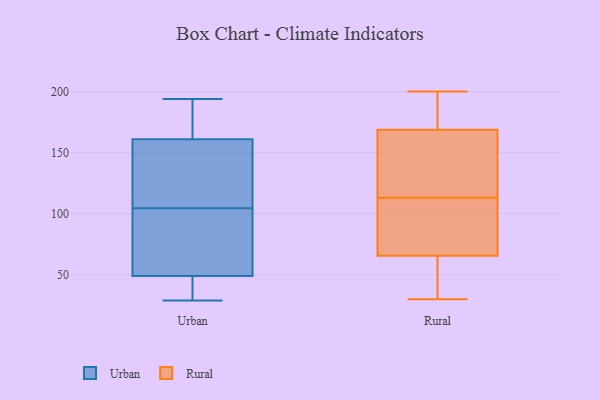
{"axis": {"x": "Page Views", "y": "Value"}, "legend": ["Rural", "Urban"], "data": [{"x": "", "y": 79, "type": "Urban"}, {"x": "", "y": 49, "type": "Urban"}, {"x": "", "y": 43, "type": "Urban"}, {"x": "", "y": 64, "type": "Urban"}, {"x": "", "y": 155, "type": "Urban"}, {"x": "", "y": 176, "type": "Urban"}, {"x": "", "y": 161, "type": "Urban"}, {"x": "", "y": 107, "type": "Urban"}, {"x": "", "y": 102, "type": "Urban"}, {"x": "", "y": 48, "type": "Urban"}, {"x": "", "y": 194, "type": "Urban"}, {"x": "", "y": 29, "type": "Urban"}, {"x": "", "y": 194, "type": "Urban"}, {"x": "", "y": 111, "type": "Urban"}, {"x": "", "y": 162, "type": "Rural"}, {"x": "", "y": 104, "type": "Rural"}, {"x": "", "y": 100, "type": "Rural"}, {"x": "", "y": 30, "type": "Rural"}, {"x": "", "y": 133, "type": "Rural"}, {"x": "", "y": 171, "type": "Rural"}, {"x": "", "y": 54, "type": "Rural"}, {"x": "", "y": 200, "type": "Rural"}, {"x": "", "y": 113, "type": "Rural"}, {"x": "", "y": 193, "type": "Rural"}, {"x": "", "y": 52, "type": "Rural"}]}